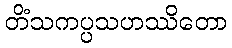
တိံသကပ္ပသဟဿိတော